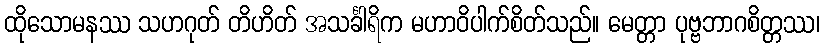
ထိုသောမနဿ သဟဂုတ် တိဟိတ် အသင်္ခါရိက မဟာဝိပါက်စိတ်သည်။ မေတ္တာ ပုဗ္ဗဘာဂစိတ္တဿ၊